Bombay plague: being a history of the progress of plague in the Bombay presidency from September 1896 to June 1899
Year: 1896
Disease focus: Plague
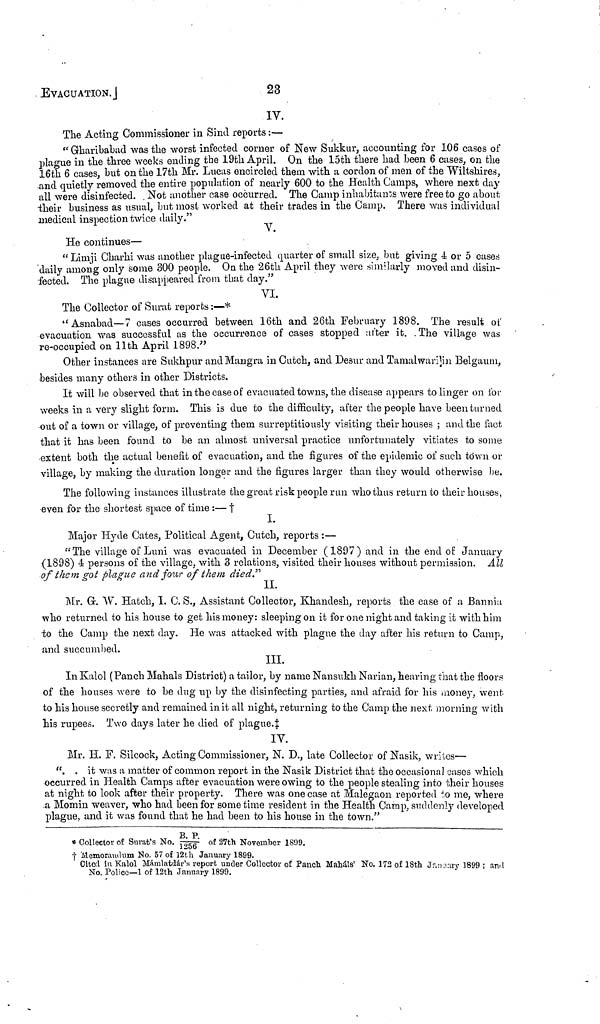
EVACUATION.]
23
IV.
The Acting Commissioner in Sind reports :—
" Grharibabad was the worst infected corner of New Sukkur, accounting for 106 cases of
plague in the three weeks ending the 19th April. On the 15th there had been 6 cases, on the
16th 6 cases, but on the 17th Mr. Lucas encircled them with a cordon of men of the Wiltshires,
and quietly removed the entire population of nearly 600 to the Health Camps, where next day
all were disinfected. . Not another case occurred. The Camp inhabitants were free to go about
their business as usual, but most worked at their trades in the Camp. There was individual
medical inspection twice daily."
V.
He continues—
"Limji Charhi was another plague-infected quarter of small size, but giving 4 or 5 cases
daily among only some 300 people. On the 26th April they were similarly moved and disin-
fected. The plague disappeared from that day."
VI.
The Collector of Surat reports :—*
"Asnabad—7 cases occurred between 16th and 26th February 1898. The result of
evacuation was successful as the occurrence of cases stopped after it. The village was
re-occupied on 11th April 1898."
Other instances are Sukhpur and Mangra in Cutch, and Desur and Tamalwarilin Belgaum,
besides many others in other Districts.
It will be observed that in the case of evacuated towns, the disease appears to linger on for
weeks in a very slight form. This is due to the difficulty, after the people have been turned
out of a town or village, of preventing them surreptitiously visiting their houses ; and the fact
that it has been found to be an almost universal practice unfortunately vitiates to some
extent both the actual benefit of evacuation, and the figures of the epidemic of such town or
village, by making the duration longer and the figures larger than they would otherwise be.
The following instances illustrate the great risk people run who thus return to their houses,
even for the shortest space of time :— †
I.
Major Hyde Cates, Political Agent, Cutch, reports :—
"The village of Luni was evacuated in December (1897) and in the end of January
(1898) 4 persons of the village, with 3 relations, visited their houses without permission. All
of them got plague and four of them died"
II.
Mr. Gr. W. Hatch, I. C. S., Assistant Collector, Khandesh, reports the case of a Bannia
who returned to his house to get his money: sleeping on it for one night and taking it with him
to the Camp the next day. He was attacked with plague the day after his return to Camp,
and succumbed.
III.
In Kalo] (Panch Mahals District) a tailor, by name Nansukh Narian, hearing that the floors
of the houses were to be dug up by the disinfecting parties, and afraid for his money, went
to his house secretly and remained in it all night, returning to the Camp the next morning with
his rupees. Two days later he died of plague.‡
IV.
Mr. H. F. Silcock, Acting Commissioner, N. D., late Collector of Nasik, writes—
". . it was a matter of common report in the Nasik District that the occasional oases which
occurred in Health Camps after evacuation were owing to the people stealing into their houses
at night to look after their property. There was one case at Malegaon reported to me, where
a Momin weaver, who had been for sometime resident in the Health Camp, suddenly developed
plague, and it was found that he had been to his house in the town."
* Collector of Surat's No. B.P./1256 of 27th November 1899.
† Memorandum No. 57 of 12th January 1899.
Cited in Kalol Mámlatdár's report under Collector of Panch Maháls' No. 172 of 18th January 1899 ; and
No. Police—1 of 12th January 1899.